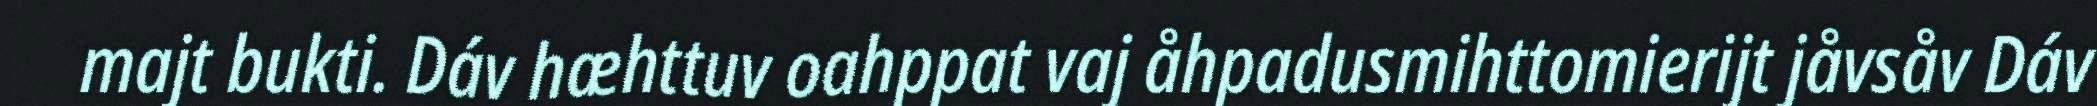
majt bukti. Dáv hæhttuv oahppat vaj åhpadusmihttomierijt jåvsåv Dáv